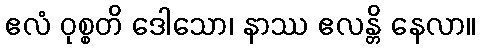
ဧလံ ဝုစ္စတိ ဒေါသော၊ နာဿ ဧလန္တိ နေလာ။